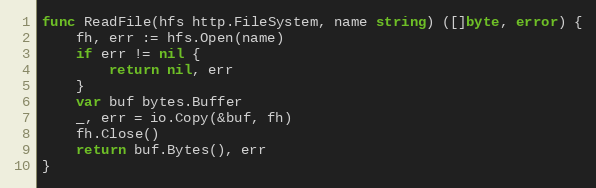
Language: Go
func ReadFile(hfs http.FileSystem, name string) ([]byte, error) {
	fh, err := hfs.Open(name)
	if err != nil {
		return nil, err
	}
	var buf bytes.Buffer
	_, err = io.Copy(&buf, fh)
	fh.Close()
	return buf.Bytes(), err
}